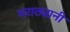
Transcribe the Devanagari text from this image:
मराठ्यानी